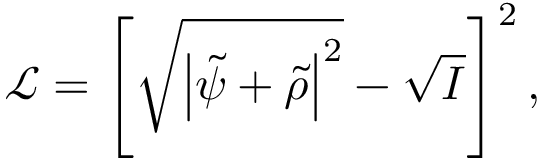
\mathcal { L } = \left[ \sqrt { \left| \tilde { \psi } + \tilde { \rho } \right| ^ { 2 } } - \sqrt { I } \right] ^ { 2 } ,